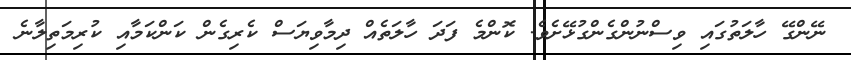
ނޭންގޭ ހާލަތުގައި ވިސްނުންގެންގުޅޭށެވެ. ކޮންމެ ފަދަ ހާލަތެއް ދިމާވިޔަސް ކެރިގެން ކަންކަމާއި ކުރިމަތިލާނެ